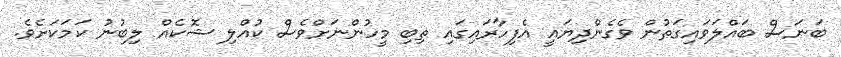
ބަނަސް ބައްލަވައިގަތުން ވެގެންދިޔައީ އެފިހާރައިގައި ތިބި މީހުންނަށްވެސް ކުއްލި ޝޮކެއް ލިބުނު ކަމަކަށެވެ.